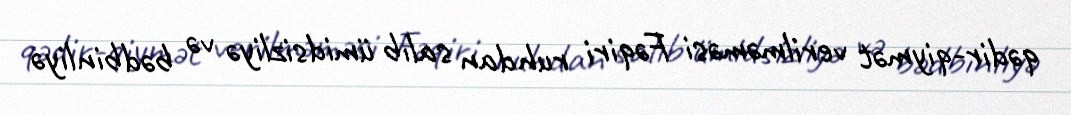
qədir-qiymət verilməməsi Fəqiri ruhdan salıb ümidsizliyə və bədbinliyə